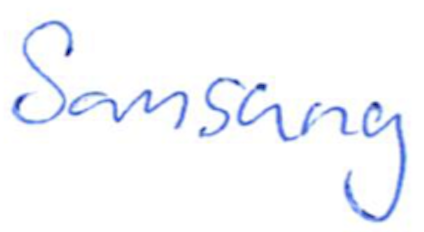
Text: Samsung
Cross-out: clean
Writing tool: ballpoint